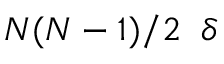
N ( N - 1 ) / 2 \; \; \delta